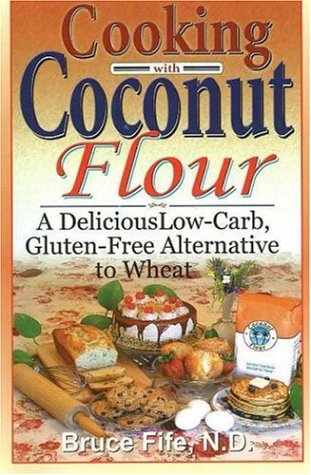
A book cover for Cooking with Coconut Flour: A Delicious Low-Carb, Gluten-Free Alternative to Wheat; Bruce Fife; Cookbooks, Food & Wine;